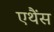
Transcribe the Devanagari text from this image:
एथैंस